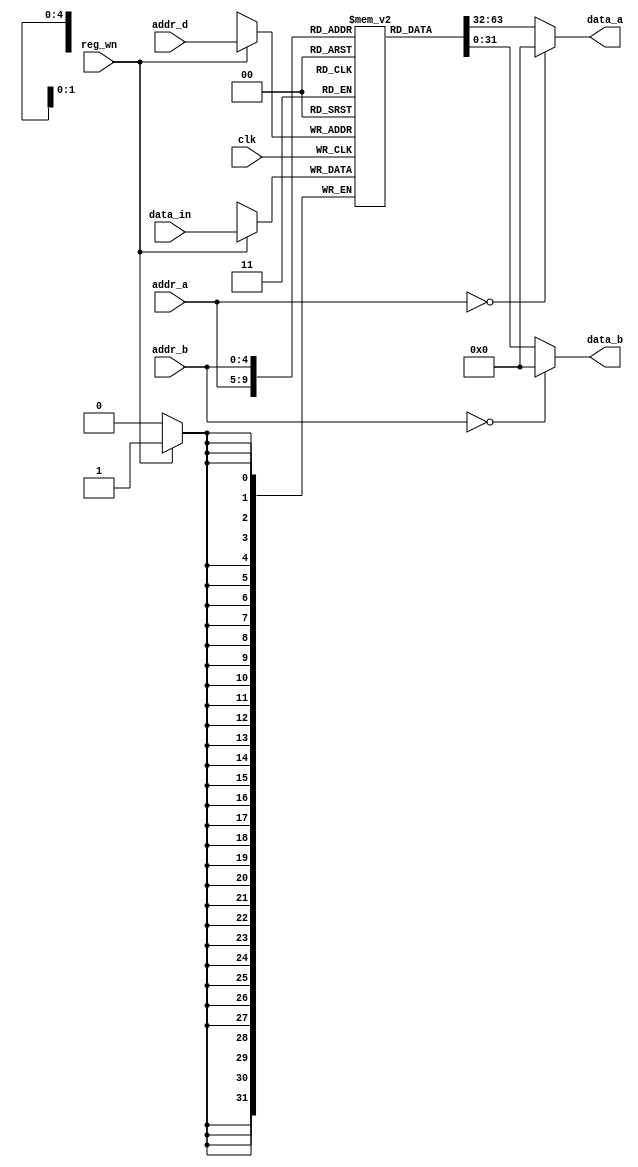
`timescale 1ns / 1ps
//////////////////////////////////////////////////////////////////////////////////
// Company: 
// Engineer: 
// 
// Design Name: 
// Module Name:    reg_file 
// Project Name: 
// Target Devices: 
// Tool versions: 
// Description: 
//
// Dependencies: 
//
// Revision: 
// Revision 0.01 - File Created
// Additional Comments: 
//
//////////////////////////////////////////////////////////////////////////////////
module reg_file(
    input clk ,
    input reg_wn,
    input [31:0] data_in ,
    input [4:0] addr_a,
    input [4:0] addr_b,
    input [4:0] addr_d,
    output [31:0] data_a,
    output [31:0] data_b
    );
	 reg [31:0] registers[31:0];
	 //reg [31:0] data_a_reg,data_b_reg;

 assign #100 data_a=(addr_a==0)?32'h00000000:registers[addr_a];
 assign #100 data_b=(addr_b==0)?32'h00000000:registers[addr_b];

 always @ (negedge(clk))
begin  
if (reg_wn) 
 #100 registers[addr_d] <=data_in;

 end
//assign date_a= (addr_a==0)?32'h00000000:data_a_reg;
//assign date_b= (addr_b==0)?32'h00000000:data_b_reg;
endmodule